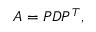
A = P D P ^ { T } ,